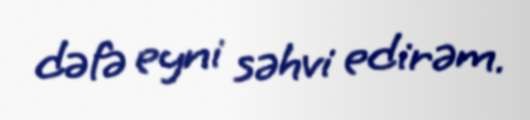
dəfə eyni səhvi edirəm.